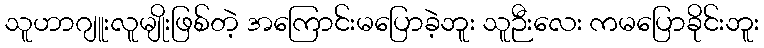
သူဟာဂျူးလူမျိုးဖြစ်တဲ့ အကြောင်းမပြောခဲ့ဘူး သူဉီးလေး ကမပြောခိုင်းဘူး